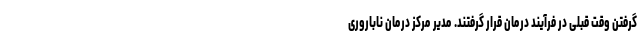
گرفتن وقت قبلی در فرآیند درمان قرار گرفتند. مدیر مرکز درمان ناباروری